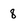
Character: 8